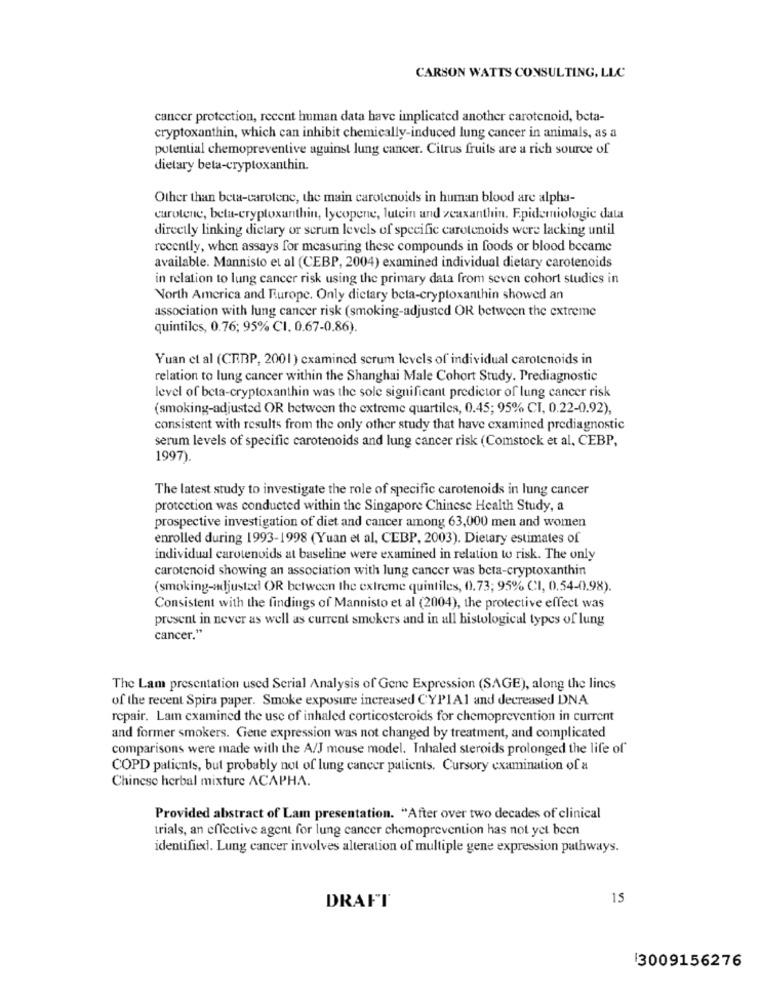
CARSON WATTS CONSULTING, LLC
cancer protection, recent human data have implicated another carotenoid, beta-
cryptoxanthin, which can inhibit chemically-induced lung cancer in animals, as a
potential chemopreventive against lung cancer. Citrus fruits are a rich source of
dietary beta-cryptoxanthin.
Other than beta-carotene, the main carotenoids in human blood are alpha-
carotene, bela-cryptoxanthin, lycopene, lutein and zeaxanthin. Epidemiologic data
directly linking dietary or scrum levels of specific carotenoids were lacking until
recently, when assays for measuring these compounds in foods or blood became
available. Mannisto et al (CEBP, 2004) examined individual dietary carotenoids
in relation to lung cancer risk using the primary data from seven cohort studies in
North America and Europe. Only dietary beta-cryptoxanthin showed an
association with lung cancer risk (smoking-adjusted OR between the extreme
quintiles, 0.76; 95% CI. 0.67-0.86).
Yuan et al (CR.BP, 2001) examined scrum levels of individual carotenoids in
relation to lung cancer within the Shanghai Male Cohort Study. Prediagnostic
level of beta-cryptoxanthin was the sole significant predictor of lung cancer risk
(smoking-adjusted OR between the extreme quartiles, 0.45; 95% CI, 0.22-0.92),
consistent with results from the only other study that have examined prediagnostic
serum levels of specific carotenoids and lung cancer risk (Comstock et al, CEBP,
1997).
The latest study to investigate the role of specific carotenoids in lung cancer
protection was conducted within the Singapore Chinese Health Study, a
prospective investigation of diet and cancer among 63,000 men and women
enrolled during 1993-1998 (Yuan et al, CEBP, 2003). Dietary estimates of
individual carotenoids at baseline were examined in relation to risk. The only
carotenoid showing an association with lung cancer was beta-cryptoxanthin
(smoking-adjusted OR between the extreme quintiles, 0.73; 95% CI, 0.54-0.98).
Consistent with the findings of Mannisto et al (2004), the protective effect was
present in never as well as current smokers and in all histological types of lung
cancer."
The Lam presentation used Serial Analysis of Gene Expression (SAGE), along the lines
of the recent Spira paper. Smoke exposure increased CYPIAI and decreased DNA
repair. Lam examined the use of inhaled corticosteroids for chemoprevention in current
and former smokers. Gene expression was not changed by treatment, and complicated
comparisons were made with the A/J mouse model. Inhaled steroids prolonged the life of
COPD patients, but probably not of lung cancer patients. Cursory examination of a
Chinese herbal mixture ACAPHA.
Provided abstract of Lam presentation. "After over two decades of clinical
trials, an effective agent for lung cancer chemoprevention has not yet been
identified. Lung cancer involves alteration of multiple gene expression pathways.
15
DRAFT
13009156276